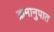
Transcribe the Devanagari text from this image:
क्रमानुपात